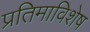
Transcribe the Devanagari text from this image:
प्रतिमाविशेष